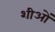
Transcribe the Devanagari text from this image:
शीओं